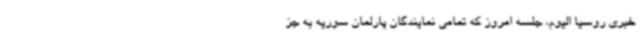
خبری روسیا الیوم، جلسه امروز که تمامی نمایندگان پارلمان سوریه به جز